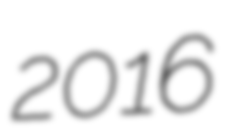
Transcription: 2016